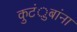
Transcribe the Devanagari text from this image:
कुटंुबांना